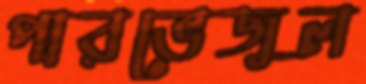
পারভেজুল